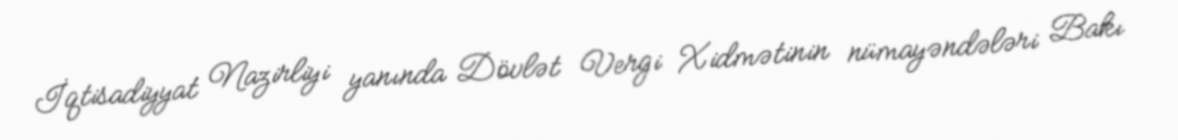
İqtisadiyyat Nazirliyi yanında Dövlət Vergi Xidmətinin nümayəndələri Bakı